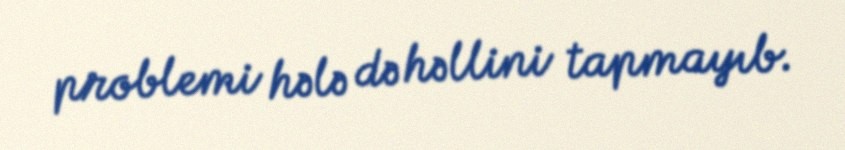
problemi hələ də həllini tapmayıb.